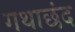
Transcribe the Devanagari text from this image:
गथाछंद